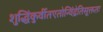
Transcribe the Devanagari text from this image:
शुद्धिंकुर्वीतएतोन्विंद्रेतिसूक्ततः